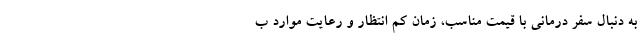
به دنبال سفر درمانی با قیمت مناسب، زمان کم انتظار و رعایت موارد ب